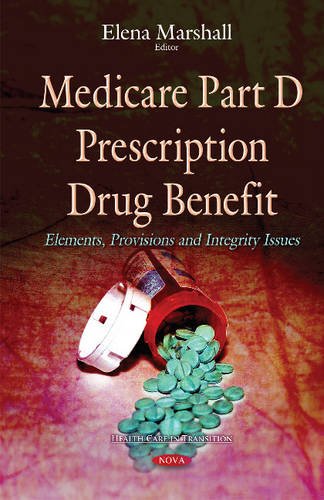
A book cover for Medicare Part D Prescription Drug Benefit: Elements, Provisions and Integrity Issues; Law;